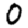
Digit: 0